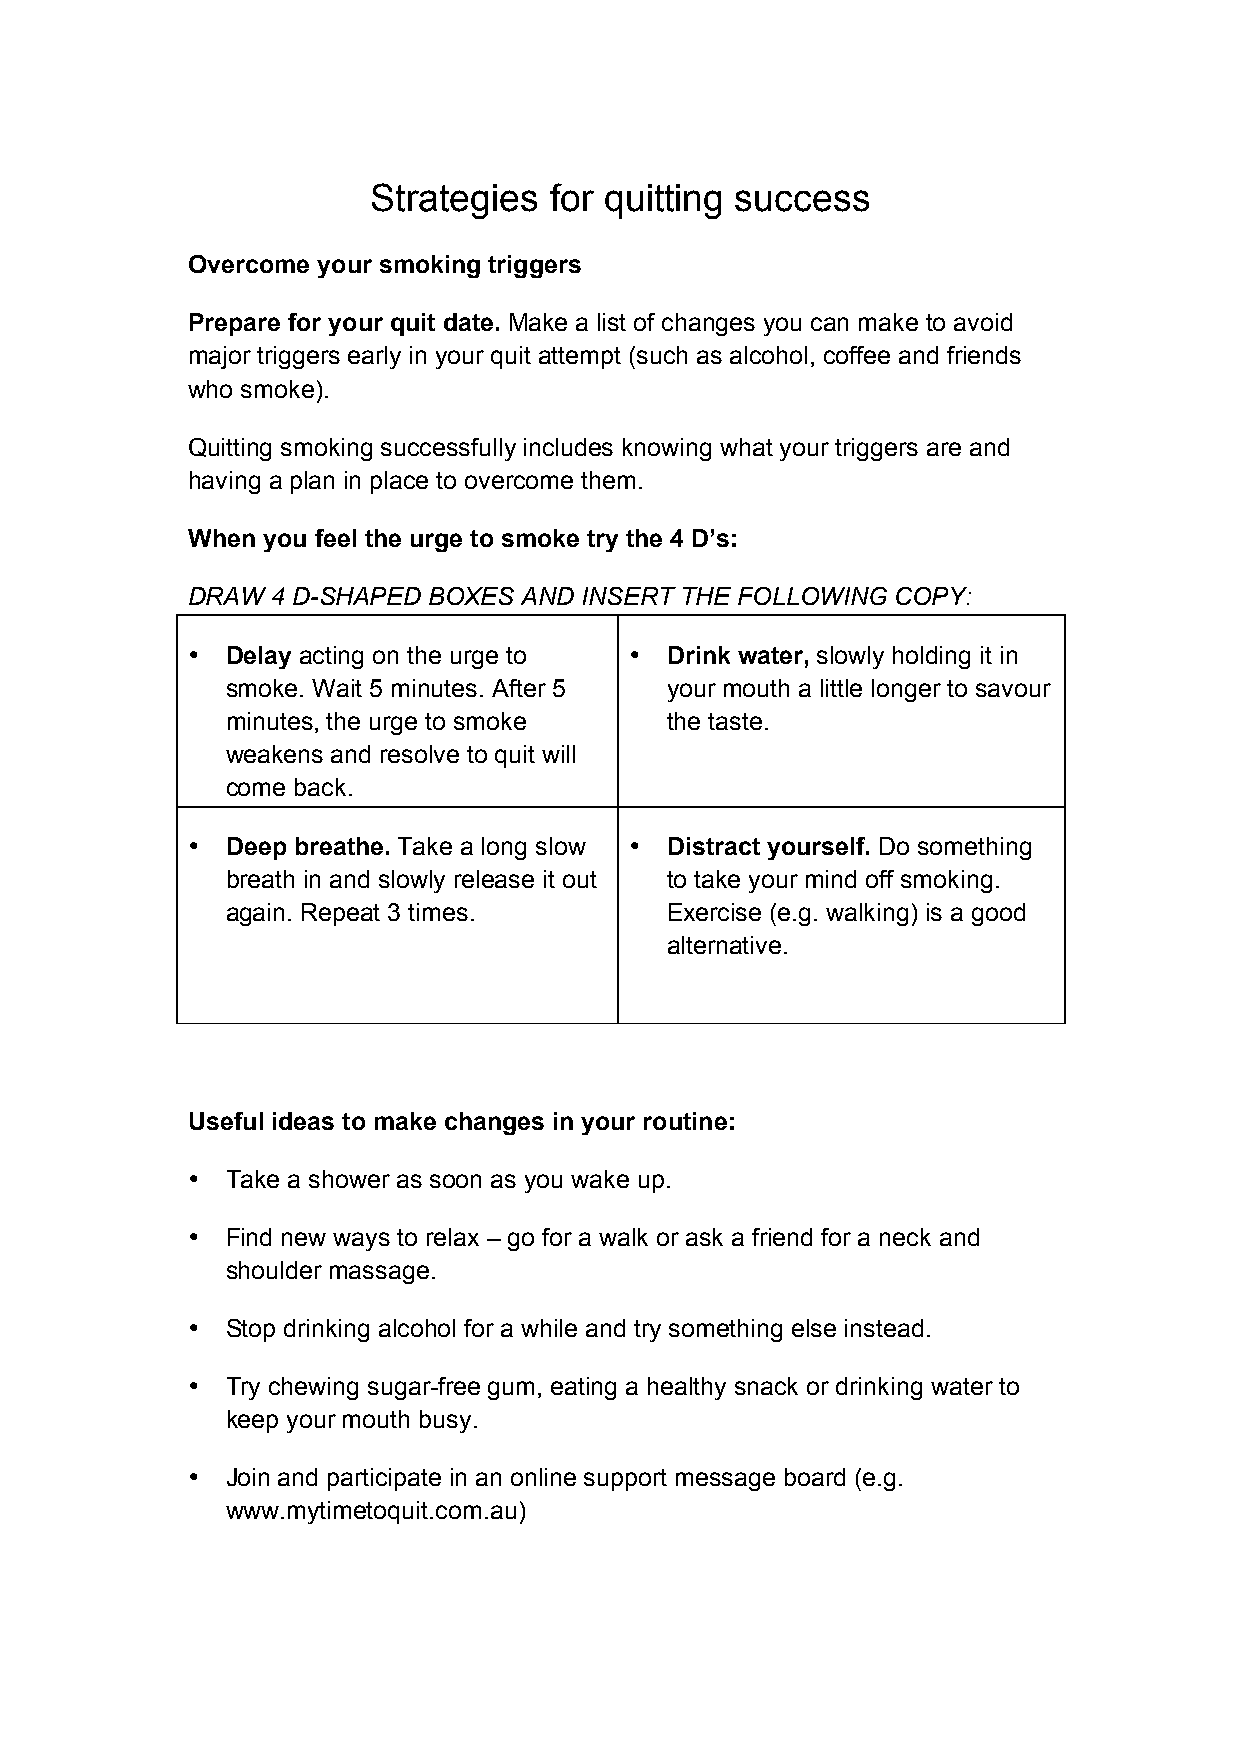
Strategies for quitting success
 Overcome your smoking triggers
 Prepare for your quit date. Make a list of changes you can make to avoid
 major triggers early in your quit attempt (such as alcohol, coffee and friends
 who smoke).
 Quitting smoking successfully includes knowing what your triggers are and
 having a plan in place to overcome them.
 When you feel the urge to smoke try the 4 D’s:
 DRAW  4 D-SHAPED BOXES AND INSERT THE FOLLOWING COPY:
 •  Delay acting on the urge to • Drink water, slowly holding it in
 smoke. Wait 5 minutes. After 5 your mouth a little longer to savour
 minutes, the urge to smoke   the taste.
 weakens and resolve to quit will
 come back.
 •  Deep breathe. Take a long slow • Distract yourself. Do something
 breath in and slowly release it out to take your mind off smoking.
 again. Repeat 3 times.       Exercise (e.g. walking) is a good
 alternative.
 Useful ideas to make changes in your routine:
 •  Take a shower as soon as you wake up.
 •  Find new ways to relax – go for a walk or ask a friend for a neck and
 shoulder massage.
 •  Stop drinking alcohol for a while and try something else instead.
 •  Try chewing sugar-free gum, eating a healthy snack or drinking water to
 keep your mouth busy.
 •  Join and participate in an online support message board (e.g.
 www.mytimetoquit.com.au)